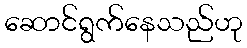
ဆောင်ရွက်နေသည်ဟု